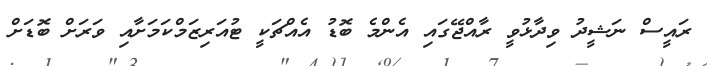
ރައީސް ނަޝީދު ވިދާޅުވީ ރާއްޖޭގައި އެންމެ ބޮޑު އެއްޗަކީ ޓުއަރިޒަމްކަމަށާއި ވަރަށް ބޮޑަށް